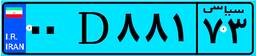
۰۰D۸۸۱۷۳